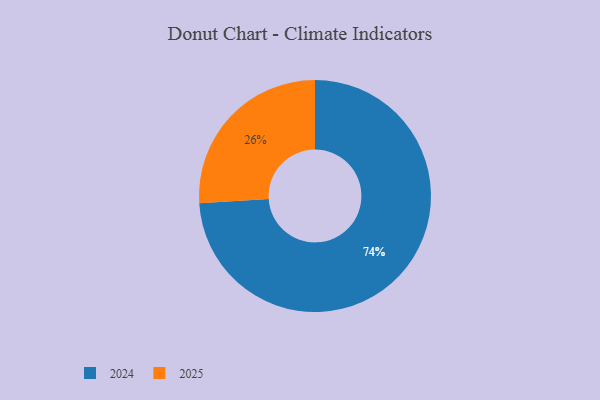
{"axis": {"x": "Category", "y": "Percentage"}, "legend": ["2024", "2025"], "data": [{"x": "2025", "y": 26, "type": "2025"}, {"x": "2024", "y": 74, "type": "2024"}]}